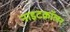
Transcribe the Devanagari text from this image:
नाइटक्रॉलर